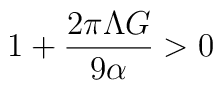
1+\frac{2\pi \Lambda G}{9\alpha }>0